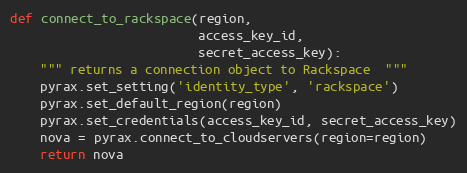
Language: Python
def connect_to_rackspace(region,
                         access_key_id,
                         secret_access_key):
    """ returns a connection object to Rackspace  """
    pyrax.set_setting('identity_type', 'rackspace')
    pyrax.set_default_region(region)
    pyrax.set_credentials(access_key_id, secret_access_key)
    nova = pyrax.connect_to_cloudservers(region=region)
    return nova